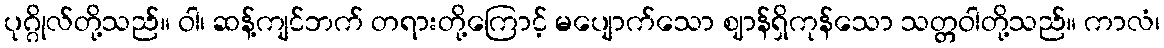
ပုဂ္ဂိုလ်တို့သည်။ ဝါ၊ ဆန့်ကျင်ဘက် တရားတို့ကြောင့် မပျောက်သော ဈာန်ရှိကုန်သော သတ္တဝါတို့သည်။ ကာလံ၊